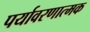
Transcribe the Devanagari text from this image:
पर्यावरणात्मक